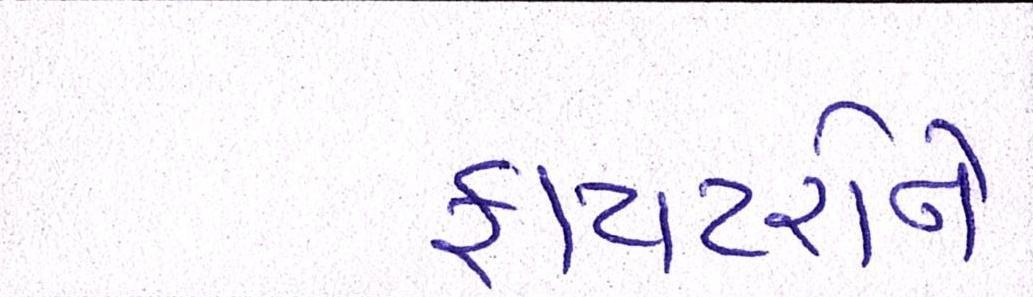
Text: ફાયટરોને